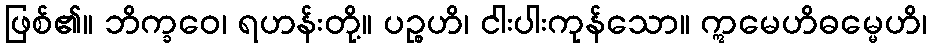
ဖြစ်၏။ ဘိက္ခဝေ၊ ရဟန်းတို့။ ပဉ္စဟိ၊ ငါးပါးကုန်သော။ ဣမေဟိဓမ္မေဟိ၊